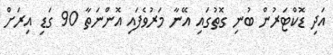
އަދި ޑޮކްޓަރުން ބުނި ގޮތުގައި އޭނާ މަރުވެފައި އޮންނަތާ 90 ގަޑި އިރަށް